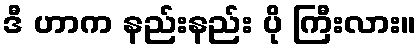
ဒီ ဟာက နည်းနည်း ပို ကြီးလား။